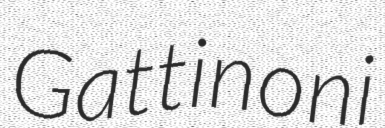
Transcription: Gattinoni